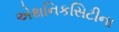
એથનિકસિટીના